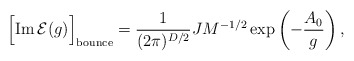
\begin{align*}\Bigl[{\rm Im}\,{\cal E}(g)\Bigr]_{\rm bounce}= \frac{1}{(2\pi)^{D/2}}JM^{-1/2} \exp\left(-\frac{A_0}{g}\right),\end{align*}